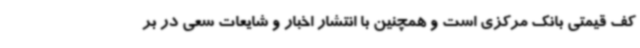
کف قیمتی بانک مرکزی است و همچنین با انتشار اخبار و شایعات سعی در بر